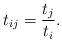
LaTeX: \begin{align*}t_{ij} = \frac{t_j}{t_i}.\end{align*}